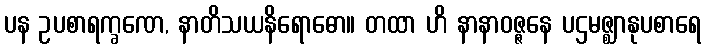
ပန ဥပစာရက္ခဏေ, နာတိသယနိရောဓော။ တထာ ဟိ နာနာဝဇ္ဇနေ ပဌမဇ္ဈာနုပစာရေ